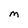
Character: M